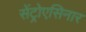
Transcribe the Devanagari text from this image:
सेंट्रोएसिनार